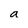
Character: a